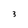
Character: 3